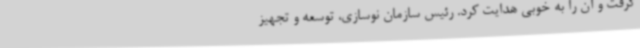
گرفت و آن را به خوبی هدایت کرد. رئیس سازمان نوسازی، توسعه و تجهیز